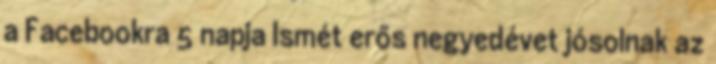
a Facebookra 5 napja Ismét erős negyedévet jósolnak az